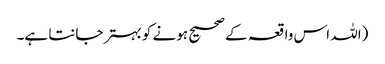
(اللہ اس واقعہ کے صحیح ہونے کو بہتر جانتا ہے۔